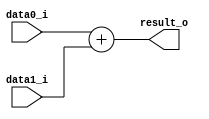
module sumador_top(
    input  [7:0] data0_i    ,
    input  [7:0] data1_i    ,
    output [7:0] result_o   
);

assign result_o = data0_i + data1_i ;

endmodule